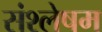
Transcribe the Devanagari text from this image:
संश्लेषम